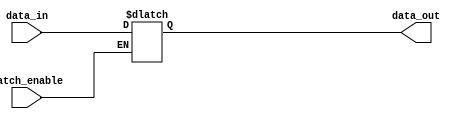
module latch_if1(data_out, data_in, latch_enable);
  output 		[3: 0] 	data_out; 
  input 		[3: 0] 	data_in;
  input 			latch_enable;
  reg 		[3: 0] 	data_out;

  always @  (latch_enable or data_in)
    if (latch_enable) data_out = data_in;
      else data_out = data_out;		
endmodule